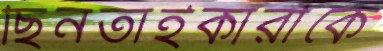
ছিনতাইকারীকে